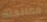
معالجتك